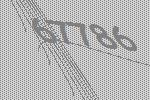
67786